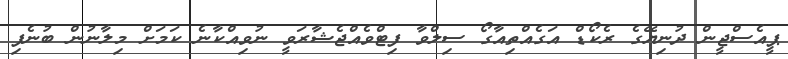
ޕީއެސްޖީން ދުނިޔޭގެ ރެކޯޑް އަގެއްތިއާގޯ ސިލްވާ ފިޓްވެއްޖެޝާރަވީ ނުވިއްކާނެ ކަމަށް މިލާނުން ބުނެފި